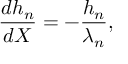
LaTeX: \frac { d h _ { n } } { d X } = - \frac { h _ { n } } { \lambda _ { n } } ,